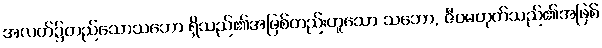
အလတ်၌တည်သောသဘော ရှိသည်၏အဖြစ်တည်းဟူသော သဘော, ဇီဝမဟုတ်သည်၏အဖြစ်